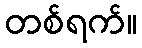
တစ်ရက်။